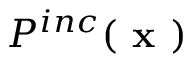
P ^ { i n c } ( \textbf { x } )